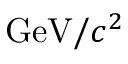
\mathrm { G e V } / c ^ { 2 }